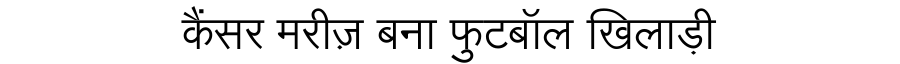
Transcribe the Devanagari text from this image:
कैंसर मरीज़ बना फुटबॉल खिलाड़ी